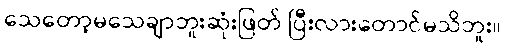
သေတော့မသေချာဘူးဆုံးဖြတ် ပြီးလားတောင်မသိဘူး။